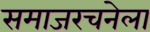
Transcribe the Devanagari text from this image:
समाजरचनेला